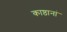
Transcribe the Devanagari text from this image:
काष्ठानां